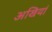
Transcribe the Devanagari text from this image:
अखियां